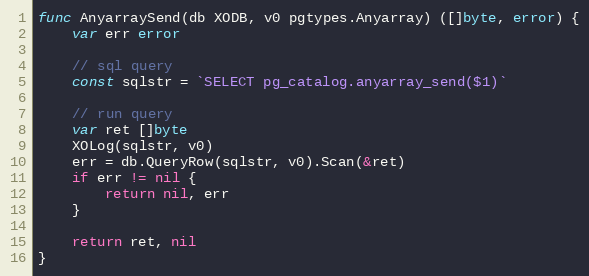
Language: Go
func AnyarraySend(db XODB, v0 pgtypes.Anyarray) ([]byte, error) {
	var err error

	// sql query
	const sqlstr = `SELECT pg_catalog.anyarray_send($1)`

	// run query
	var ret []byte
	XOLog(sqlstr, v0)
	err = db.QueryRow(sqlstr, v0).Scan(&ret)
	if err != nil {
		return nil, err
	}

	return ret, nil
}